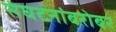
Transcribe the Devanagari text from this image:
संघटनांबरोबर